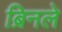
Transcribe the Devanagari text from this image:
ब्रिनले